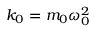
k _ { 0 } = m _ { 0 } \omega _ { 0 } ^ { 2 }